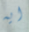
ايه